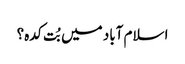
اسلام آباد میں بُت کدہ؟